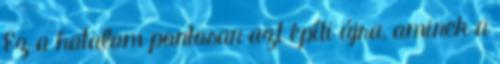
Ez a hatalom pontosan azt építi újra, aminek a